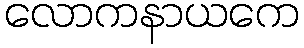
လောကနာယကေ